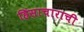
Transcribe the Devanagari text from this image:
हिंसाचाराची